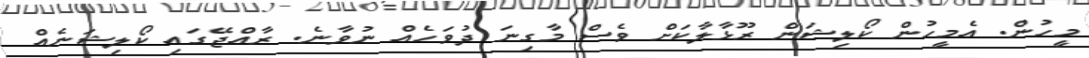
މީހުން. އެމީހުން ކޯލިޝަން ރޫޅާލާކަށް ވެސް މާގިނަ ދުވަހެއް ނުވާނެ. ރާއްޖޭގައި ކޯލިޝަނެއް